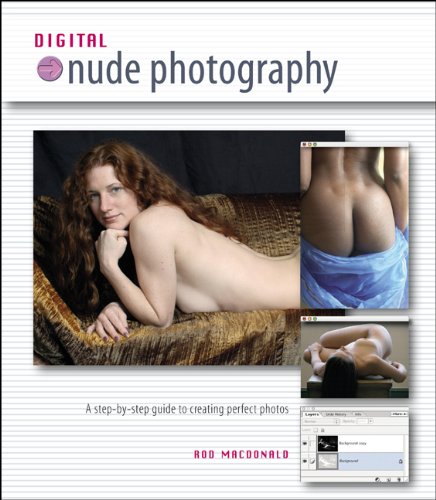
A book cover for Digital Nude Photography; Roderick Macdonald; Computers & Technology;